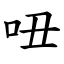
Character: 吜